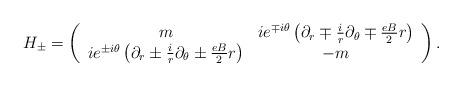
LaTeX: \begin{align*}H_{\pm} = \left(\begin{array}{cc} m & ie^{\mp i\theta}\left(\partial_{r}\mp\frac{i}{r}\partial_{\theta}\mp\frac{eB}{2}r\right)\\ ie^{\pm i\theta}\left(\partial_{r}\pm\frac{i}{r}\partial_{\theta}\pm\frac{eB}{2}r\right)& -m\end{array}\right) .\end{align*}